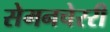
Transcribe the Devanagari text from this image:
सेमनचेररी